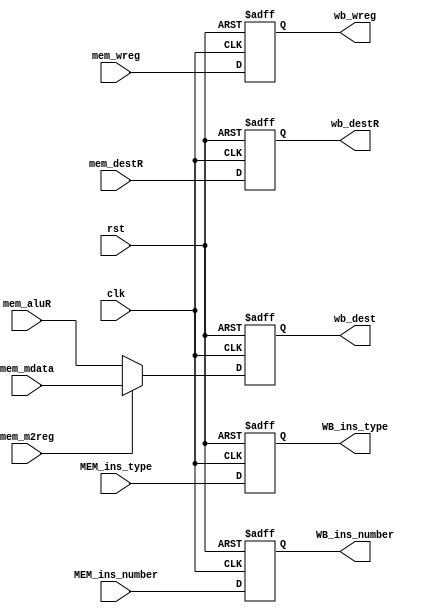
`timescale 1ns / 1ps
//////////////////////////////////////////////////////////////////////////////////
// Company: 
// Engineer: 
// 
// Design Name: 
// Module Name:    wb_stage
// Project Name: 
// Target Devices: 
// Tool versions: 
// Description: 
//
// Dependencies: 
//
// Revision: 
// Revision 0.01 - File Created
// Additional Comments: 
//
//////////////////////////////////////////////////////////////////////////////////
module wb_stage(clk, rst, 
					 mem_destR, 
					 mem_aluR, 
					 mem_mdata, 
					 mem_wreg, 
					 mem_m2reg, 
					 
					 wb_wreg, 				
					 wb_dest, 
					 wb_destR, 
					 
					 MEM_ins_type, 
					 MEM_ins_number, 
					 WB_ins_type, 
					 WB_ins_number
					 );
		input clk, rst;
		input[4:0] mem_destR;
		input[31:0] mem_aluR;
		input[31:0] mem_mdata;
		input mem_wreg;
		input mem_m2reg;
		
		input[3:0] MEM_ins_type;
		input[3:0]	MEM_ins_number;
		output[3:0] WB_ins_type;
		output[3:0] WB_ins_number;
		
		output wb_wreg;
		output[4:0] wb_destR;
		output[31:0] wb_dest;

		
		reg [3:0] WB_ins_type;
		reg [3:0] WB_ins_number;
		
		reg  wb_wreg;
		reg [4:0] wb_destR;
		reg [31:0] wb_dest;
	
		always@(posedge clk or posedge rst)	begin
			if(rst) begin
				wb_wreg <= 0;
				wb_dest <= 0;
				wb_destR <= 0;
				WB_ins_type <= 0;
				WB_ins_number <= 0;
			end
			else begin
				wb_wreg <= mem_wreg;
				wb_dest <= mem_m2reg ? mem_mdata : mem_aluR;
				wb_destR <= mem_destR;
				WB_ins_type <= MEM_ins_type;
				WB_ins_number <= MEM_ins_number;
			end
	end

endmodule